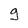
Character: g